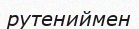
рутениймен